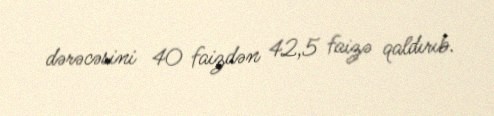
dərəcəsini 40 faizdən 42,5 faizə qaldırıb.